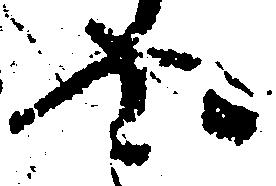
や